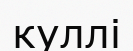
куллі